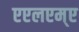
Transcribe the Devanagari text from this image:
एएलएम्ए